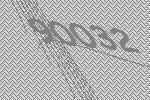
90032